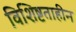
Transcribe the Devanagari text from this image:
विशिष्टताहीन